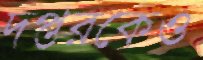
দপ্তরকেও